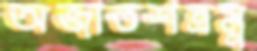
অজাতশত্রম্ন